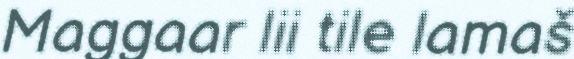
Maggaar lii tile lamaš